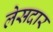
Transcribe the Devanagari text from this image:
लेसदार